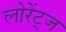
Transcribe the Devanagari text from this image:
लोरेंट्ज